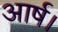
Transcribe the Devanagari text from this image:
आर्ष।